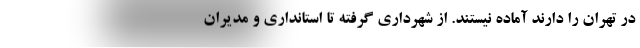
در تهران را دارند آماده نیستند. از شهرداری گرفته تا استانداری و مدیران